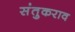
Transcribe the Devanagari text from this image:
संतुकराव